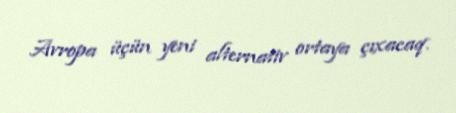
Avropa üçün yeni alternativ ortaya çıxacaq.